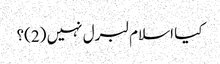
کیا اسلام لبرل نہیں (2)؟